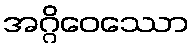
အဂ္ဂိဝေဿော